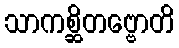
သာကစ္ဆိတဗ္ဗောတိ